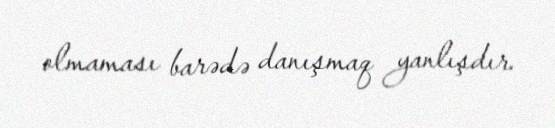
olmaması barədə danışmaq yanlışdır.